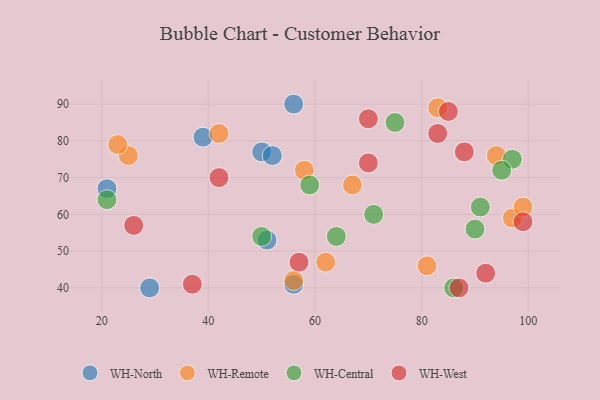
{"axis": {"x": "GDP", "y": "Life Expectancy"}, "legend": ["WH-Central", "WH-North", "WH-Remote", "WH-West"], "data": [{"x": "56", "y": 90, "type": "WH-North"}, {"x": "29", "y": 40, "type": "WH-North"}, {"x": "51", "y": 53, "type": "WH-North"}, {"x": "21", "y": 67, "type": "WH-North"}, {"x": "50", "y": 77, "type": "WH-North"}, {"x": "39", "y": 81, "type": "WH-North"}, {"x": "56", "y": 41, "type": "WH-North"}, {"x": "52", "y": 76, "type": "WH-North"}, {"x": "81", "y": 46, "type": "WH-Remote"}, {"x": "83", "y": 89, "type": "WH-Remote"}, {"x": "58", "y": 72, "type": "WH-Remote"}, {"x": "97", "y": 59, "type": "WH-Remote"}, {"x": "94", "y": 76, "type": "WH-Remote"}, {"x": "25", "y": 76, "type": "WH-Remote"}, {"x": "23", "y": 79, "type": "WH-Remote"}, {"x": "42", "y": 82, "type": "WH-Remote"}, {"x": "56", "y": 42, "type": "WH-Remote"}, {"x": "62", "y": 47, "type": "WH-Remote"}, {"x": "99", "y": 62, "type": "WH-Remote"}, {"x": "67", "y": 68, "type": "WH-Remote"}, {"x": "59", "y": 68, "type": "WH-Central"}, {"x": "97", "y": 75, "type": "WH-Central"}, {"x": "50", "y": 54, "type": "WH-Central"}, {"x": "95", "y": 72, "type": "WH-Central"}, {"x": "86", "y": 40, "type": "WH-Central"}, {"x": "75", "y": 85, "type": "WH-Central"}, {"x": "64", "y": 54, "type": "WH-Central"}, {"x": "71", "y": 60, "type": "WH-Central"}, {"x": "91", "y": 62, "type": "WH-Central"}, {"x": "21", "y": 64, "type": "WH-Central"}, {"x": "90", "y": 56, "type": "WH-Central"}, {"x": "88", "y": 77, "type": "WH-West"}, {"x": "70", "y": 74, "type": "WH-West"}, {"x": "83", "y": 82, "type": "WH-West"}, {"x": "70", "y": 86, "type": "WH-West"}, {"x": "37", "y": 41, "type": "WH-West"}, {"x": "26", "y": 57, "type": "WH-West"}, {"x": "85", "y": 88, "type": "WH-West"}, {"x": "87", "y": 40, "type": "WH-West"}, {"x": "99", "y": 58, "type": "WH-West"}, {"x": "92", "y": 44, "type": "WH-West"}, {"x": "42", "y": 70, "type": "WH-West"}, {"x": "57", "y": 47, "type": "WH-West"}]}